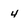
Character: 4